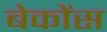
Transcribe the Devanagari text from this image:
बेकोंस